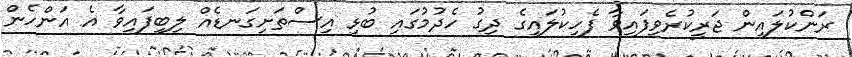
ރަންކުލައިން ޖަރީކުރެވިފައިވާ ފެހިކުލައިގެ ދިގު ހެދުމުގައި ބުޅި އިސްތަށިގަނޑެއް ލިބިފައިވާ އެ އަންހެން